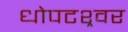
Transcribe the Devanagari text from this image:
धोपटश्र्वर